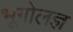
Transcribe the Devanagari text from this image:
भूगोलज्ञ